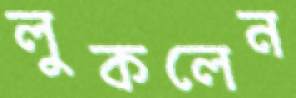
লুকলেন